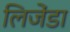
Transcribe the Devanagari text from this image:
लिजेंडा